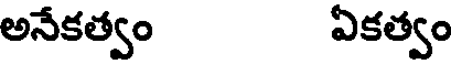
అనేకత్వం ఏకత్వం